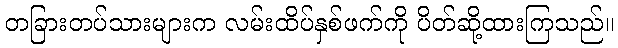
တခြားတပ်သားများက လမ်းထိပ်နှစ်ဖက်ကို ပိတ်ဆို့ထားကြသည်။